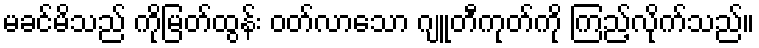
မခင်မိသည် ကိုမြတ်ထွန်း ဝတ်လာသော ဂျူတီကုတ်ကို ကြည့်လိုက်သည်။